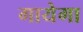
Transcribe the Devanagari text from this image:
गायेगा